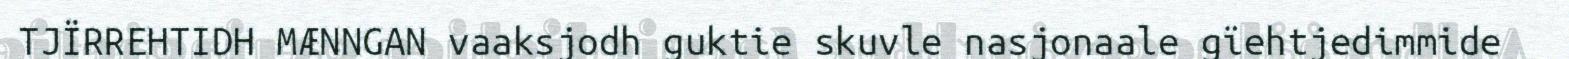
TJÏRREHTIDH MÆNNGAN vaaksjodh guktie skuvle nasjonaale gïehtjedimmide